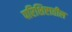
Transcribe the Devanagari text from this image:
परिशिष्टातील